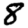
Digit: 8